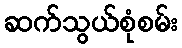
ဆက်သွယ်စုံစမ်း